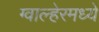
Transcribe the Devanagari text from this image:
ग्वाल्हेरमध्ये